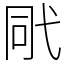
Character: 㢥